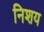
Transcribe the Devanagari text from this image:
निशय